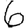
Digit: 6